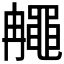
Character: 𪓚